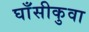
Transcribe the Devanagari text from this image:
घाँसीकुवा